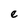
Character: e